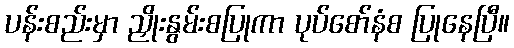
ပန်းစည်းမှာ ညှိုးနွမ်းစပြုကာ ပုပ်စော်နံစ ပြုနေပြီ။